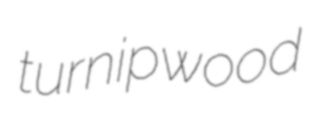
turnipwood